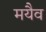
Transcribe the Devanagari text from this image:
मयैव